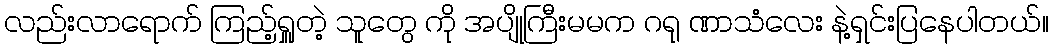
လည်းလာရောက် ကြည့်ရှူတဲ့ သူတွေ ကို အပျိုကြီးမမက ဂရု ဏာသံလေး နဲ့ရှင်းပြနေပါတယ်။